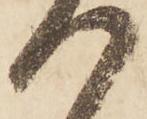
つ